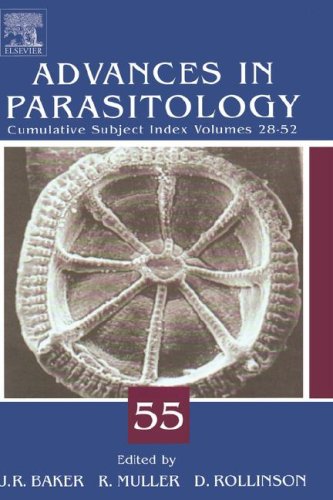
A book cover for Advances in Parasitology, Vol. 48; Medical Books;